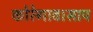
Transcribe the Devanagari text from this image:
कोरेगाव।साप